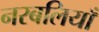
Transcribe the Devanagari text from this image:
नरबलियाँ